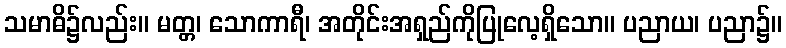
သမာဓိ၌လည်း။ မတ္တ၊ သောကာရီ၊ အတိုင်းအရှည်ကိုပြုလေ့ရှိသော။ ပညာယ၊ ပညာ၌။